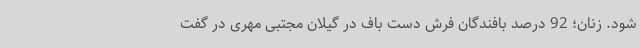
شود. زنان؛ 92 درصد بافندگان فرش دست باف در گیلان مجتبی مهری در گفت